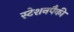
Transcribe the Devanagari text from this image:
स्टेशनपैकी